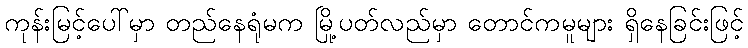
ကုန်းမြင့်ပေါ်မှာ တည်နေရုံမက မြို့ပတ်လည်မှာ တောင်ကမူများ ရှိနေခြင်းဖြင့်